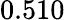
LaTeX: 0.510